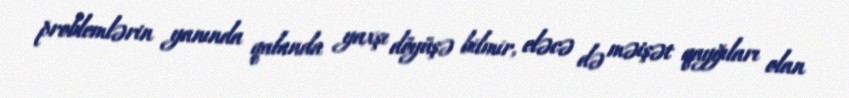
problemlərin yanında qalanda yaxşı döyüşə bilmir, eləcə də məişət qayğıları olan